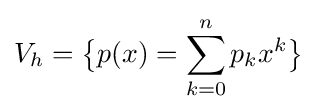
V_{h}={\big \{}p(x)=\sum _{k=0}^{n}p_{k}x^{k}{\big \}}